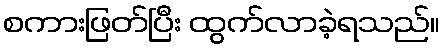
စကားဖြတ်ပြီး ထွက်လာခဲ့ရသည်။